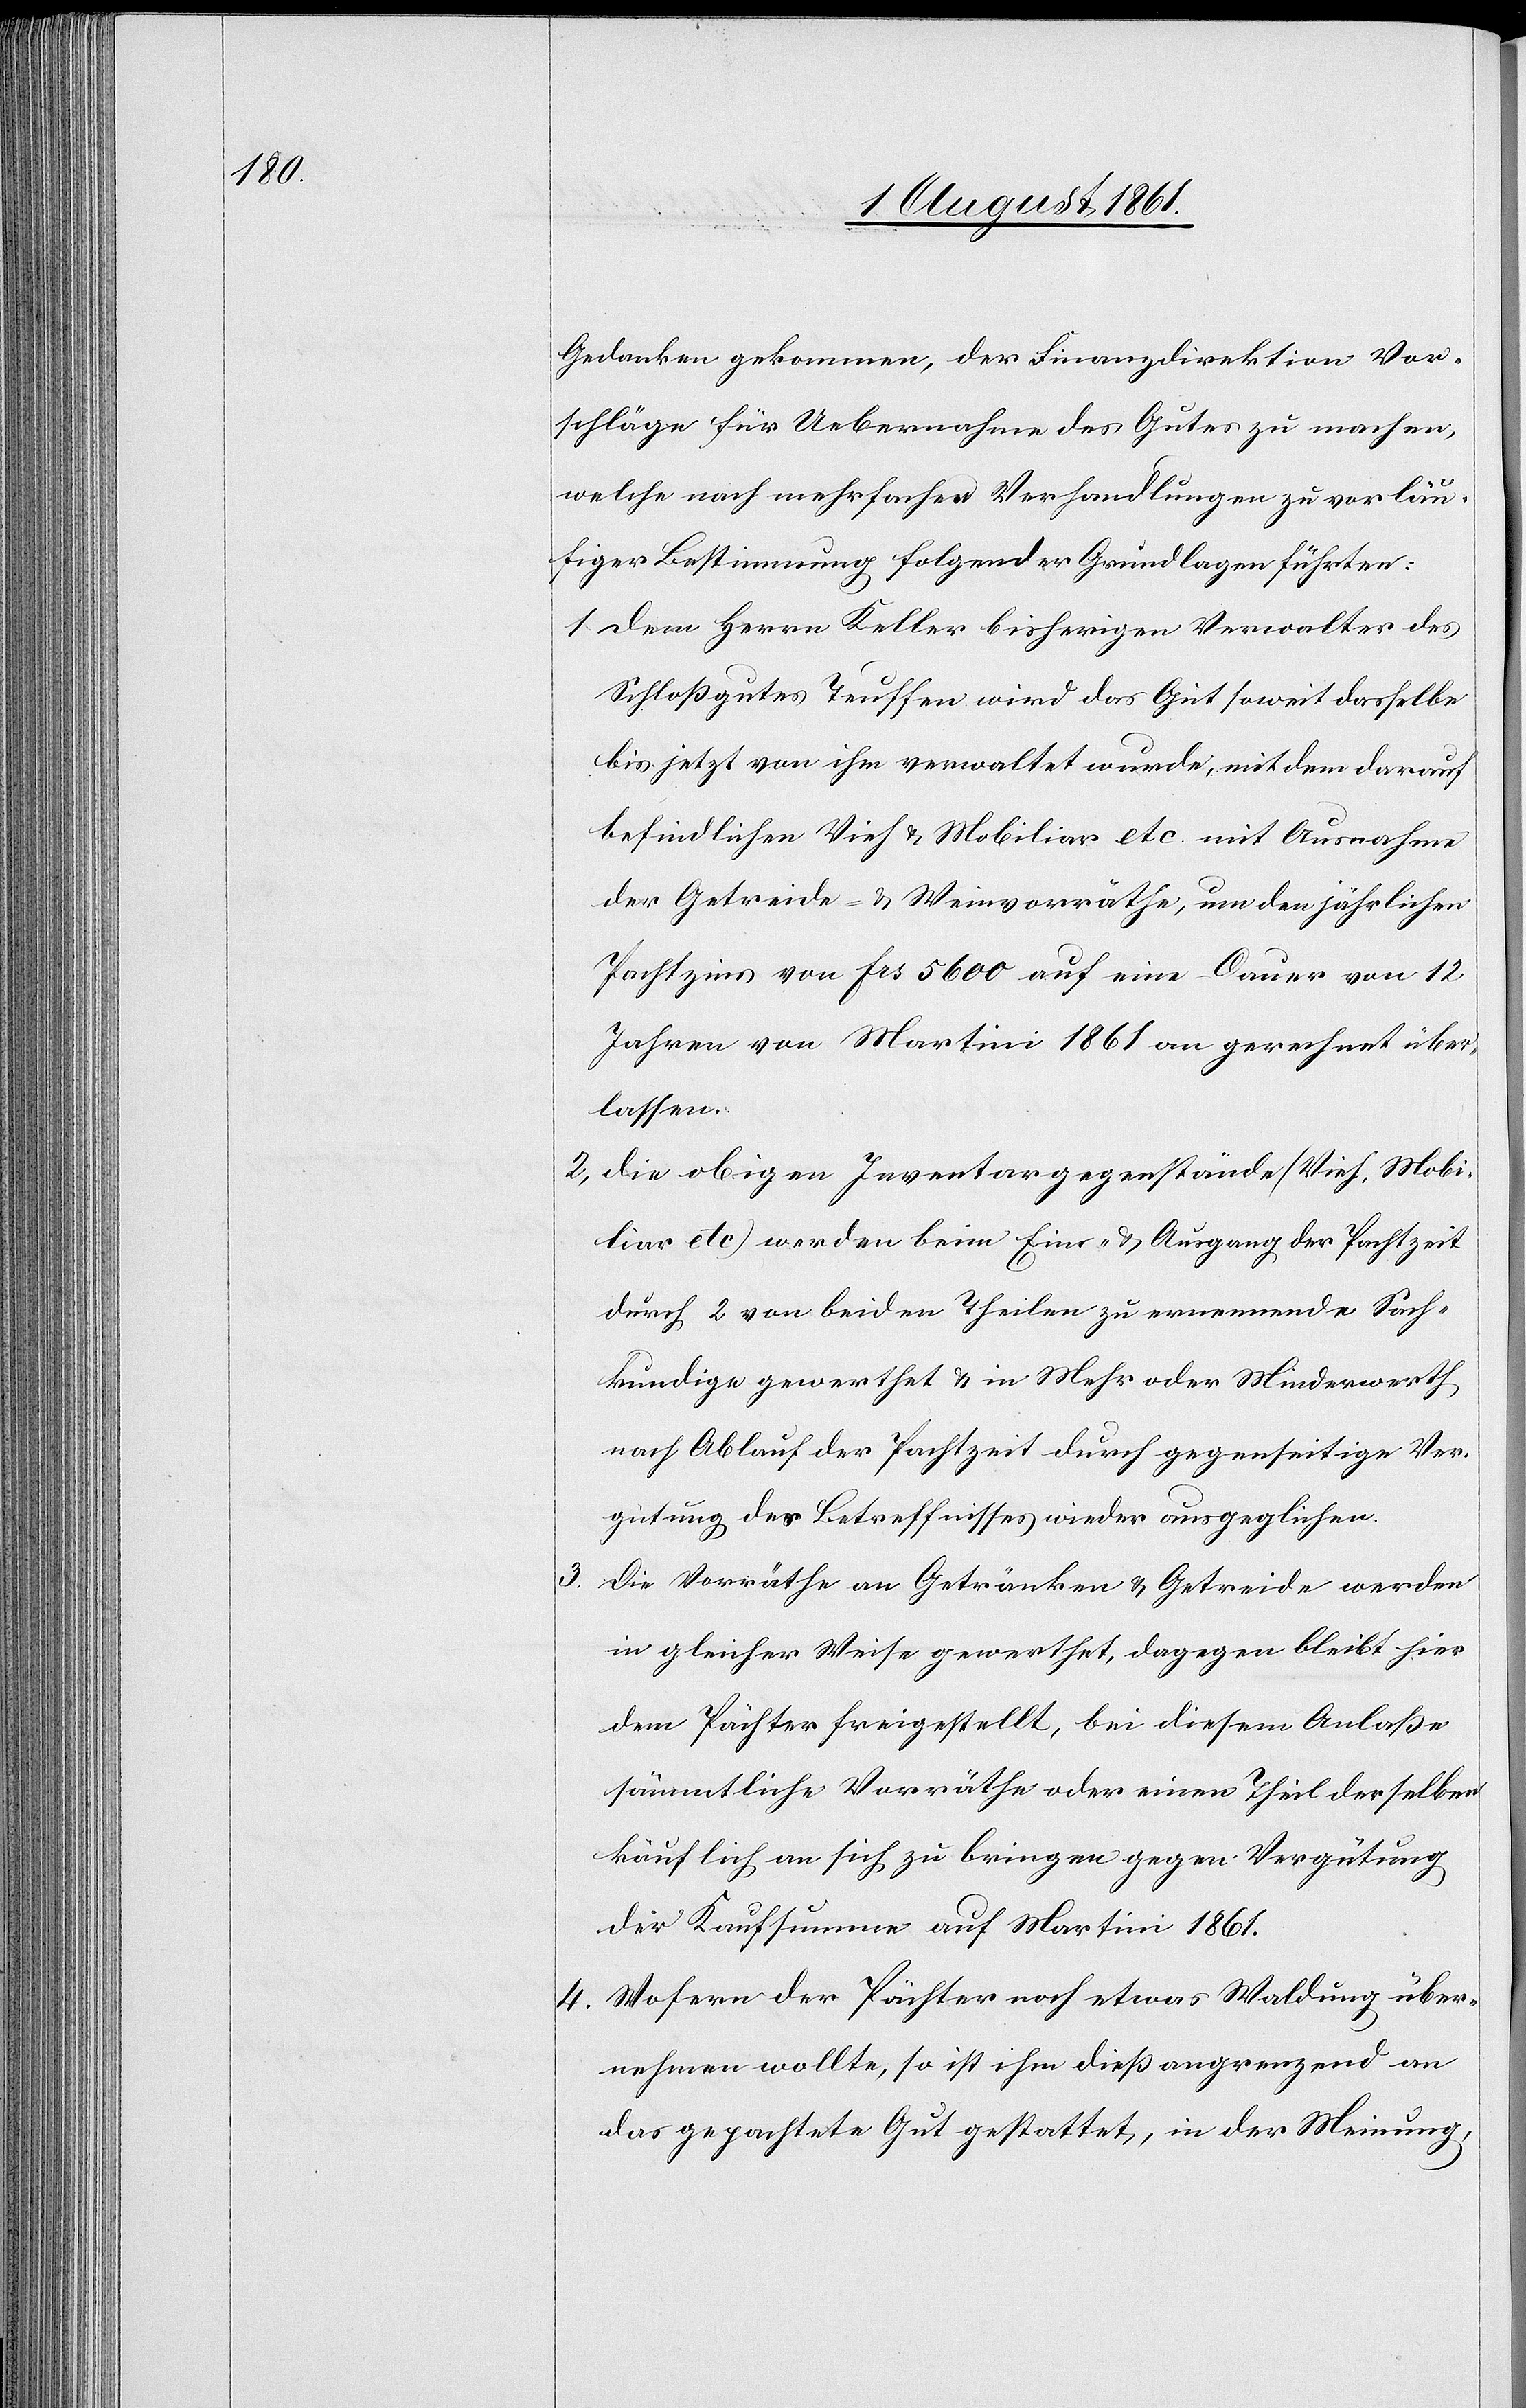
3.

Gedanken gekommen, der Finanzdirektion Vor¬
schläge für Uebernahme des Gutes zu machen,
welche nach mehrfachen Verhandlungen zu vorläu¬
figer Bestimmung folgender Grundlagen führten:
1. Dem Herrn Keller bisherigen Verwalter des
Schloßgutes Teuffen wird das Gut soweit dasselbe
bis jetzt von ihm verwaltet wurde, mit dem darauf
befindlichen Vieh u. Mobiliar etc. mit Ausnahme
der Getreide- u. Weinvorräthe, um den jährlichen
Pachtzins von frs 5600 auf eine Dauer von 12
Jahren von Martini 1861 an gerechnet über¬
lassen.
2, die obigen Inventargegenstände (Vieh, Mobi¬
liar etc.) werden beim Ein- u. Ausgang der Pachtzeit
durch 2 von beiden Teilen zu ernennende Sach¬
kundige gewerthet u. in Mehr oder Minderwert
nach Ablauf der Pachtzeit durch gegenseitige Ver¬
gütung des Betreffnisses wieder ausgeglichen.
Die Vorräthe an Getränken u. Getreide werden
in gleicher Weise gewerthet, dagegen bleibt hier
dem Pächter freigestellt, bei diesem Anlaße
sämmtliche Vorräthe oder einen Theil derselben
käuflich an sich zu bringen gegen Vergütung
der Kaufsumme auf Martini 1861.
4. Wofern der Pächter noch etwas Waldung über¬
nehmen wollte, so ist ihm dieß angrenzend an
das gepachtete Gut gestattet, in der Meinung,